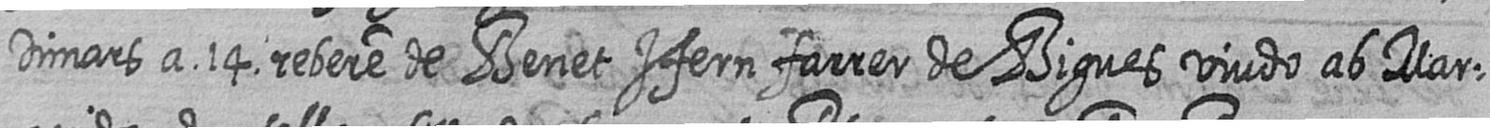
Dimars a 14 rebere de Benet Ifern farrer de Bigues viudo ab mar=